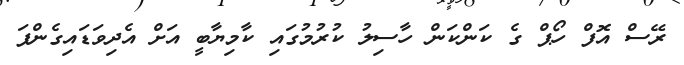
ރޭސް އޮފް ހޯޕް ގެ ކަންކަން ހާސިލު ކުރުމުގައި ކާމިޔާބީ އަށް އެދިވަޑައިގެންފަ